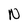
Character: N